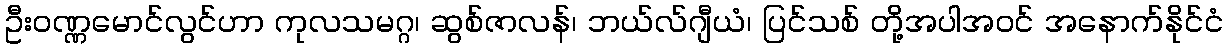
ဦးဝဏ္ဏမောင်လွင်ဟာ ကုလသမဂ္ဂ၊ ဆွစ်ဇာလန်၊ ဘယ်လ်ဂျီယံ၊ ပြင်သစ် တို့အပါအဝင် အနောက်နိုင်ငံ